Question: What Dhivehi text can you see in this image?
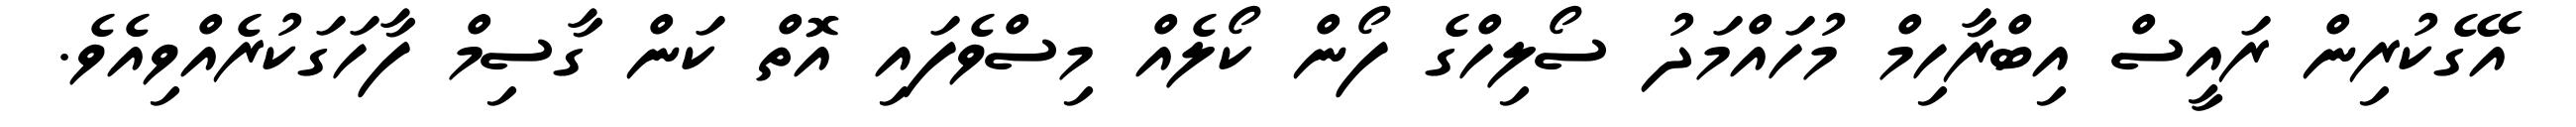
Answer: އޭގެކުރިން ރައީސް އިބްރާހިމް މުހައްމަދު ސޯލިހްގެ ފޯން ކޯލެއް މިސްވެފައި އޮތް ކަން ގާސިމް ފާހަގަކުރެއްވިއެވެ.